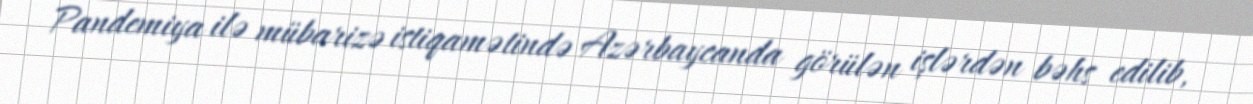
Pandemiya ilə mübarizə istiqamətində Azərbaycanda görülən işlərdən bəhs edilib,